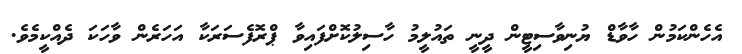
އެހެންކަމުން ހާވާޑް ޔުނިވާސިޓީން ދީނީ ތައުލީމު ހާސިލުކޮށްފައިވާ ޕްރޮފެސަރަކާ އަހަރެން ވާހަކަ ދެއްކީމެވެ.